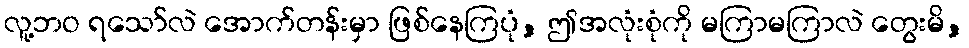
လူ့ဘဝ ရသော်လဲ အောက်တန်းမှာ ဖြစ်နေကြပုံ, ဤအလုံးစုံကို မကြာမကြာလဲ တွေးမိ,